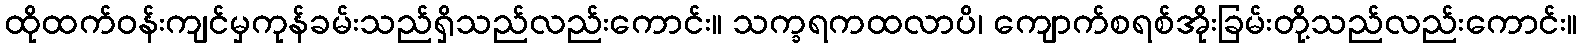
ထိုထက်ဝန်းကျင်မှကုန်ခမ်းသည်ရှိသည်လည်းကောင်း။ သက္ခရကထလာပိ၊ ကျောက်စရစ်အိုးခြမ်းတို့သည်လည်းကောင်း။